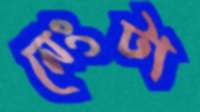
নেংটা